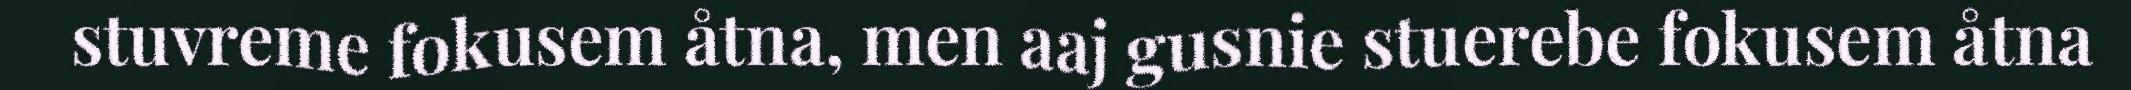
stuvreme fokusem åtna, men aaj gusnie stuerebe fokusem åtna